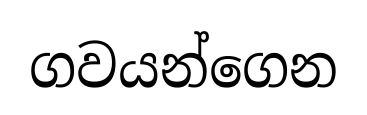
ගවයන්ගෙන